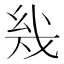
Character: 𰒨